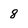
Character: 8